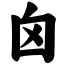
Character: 囟